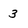
Character: 3